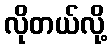
လိုတယ်လို့